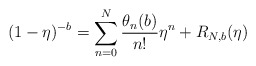
\begin{align*}(1-\eta)^{-b}=\sum_{n=0}^N\frac{\theta_n(b)}{n!}\eta^n+R_{N,b}(\eta)\end{align*}